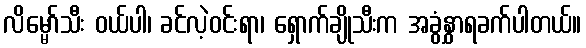
လိမ္မော်သီး ဝယ်ပါ၊ ခင်လဲ့ဝင်းရာ၊ ရှောက်ချိုသီးက အခွံနွှာရခက်ပါတယ်။